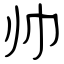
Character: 帅